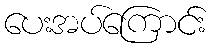
ပေးအပ်ကြောင်း